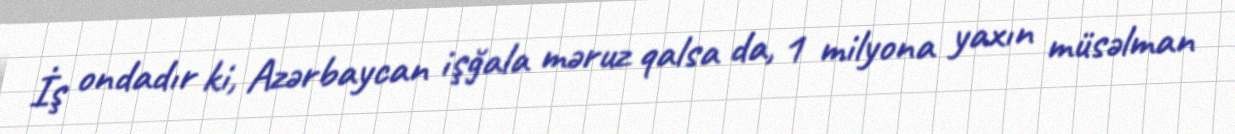
İş ondadır ki, Azərbaycan işğala məruz qalsa da, 1 milyona yaxın müsəlman